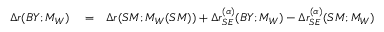
\begin{array} { r l r } { \Delta r ( B Y ; M _ { W } ) } & { { } = } & { \Delta r ( S M ; M _ { W } ( S M ) ) + \Delta r _ { S E } ^ { ( \alpha ) } ( B Y ; M _ { W } ) - \Delta r _ { S E } ^ { ( \alpha ) } ( S M ; M _ { W } ) } \end{array}